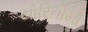
યોરિતોમો